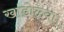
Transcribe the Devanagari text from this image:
खांडोळ्या